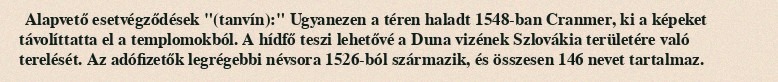
Alapvető esetvégződések "(tanvín):" Ugyanezen a téren haladt 1548-ban Cranmer, ki a képeket távolíttatta el a templomokból. A hídfő teszi lehetővé a Duna vizének Szlovákia területére való terelését. Az adófizetők legrégebbi névsora 1526-ból származik, és összesen 146 nevet tartalmaz.